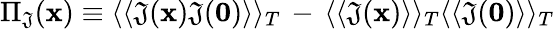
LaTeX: \Pi_{\mathfrak{J}}({\mathbf{x}})\equiv\langle\langle\mathfrak{J}({\mathbf{x}})\mathfrak{J}({\mathbf{0}})\rangle\rangle_{T}\, -\, \langle\langle\mathfrak{J}({\mathbf{x}})\rangle\rangle_{T}\langle\langle\mathfrak{J}({\mathbf{0}})\rangle\rangle_{T}